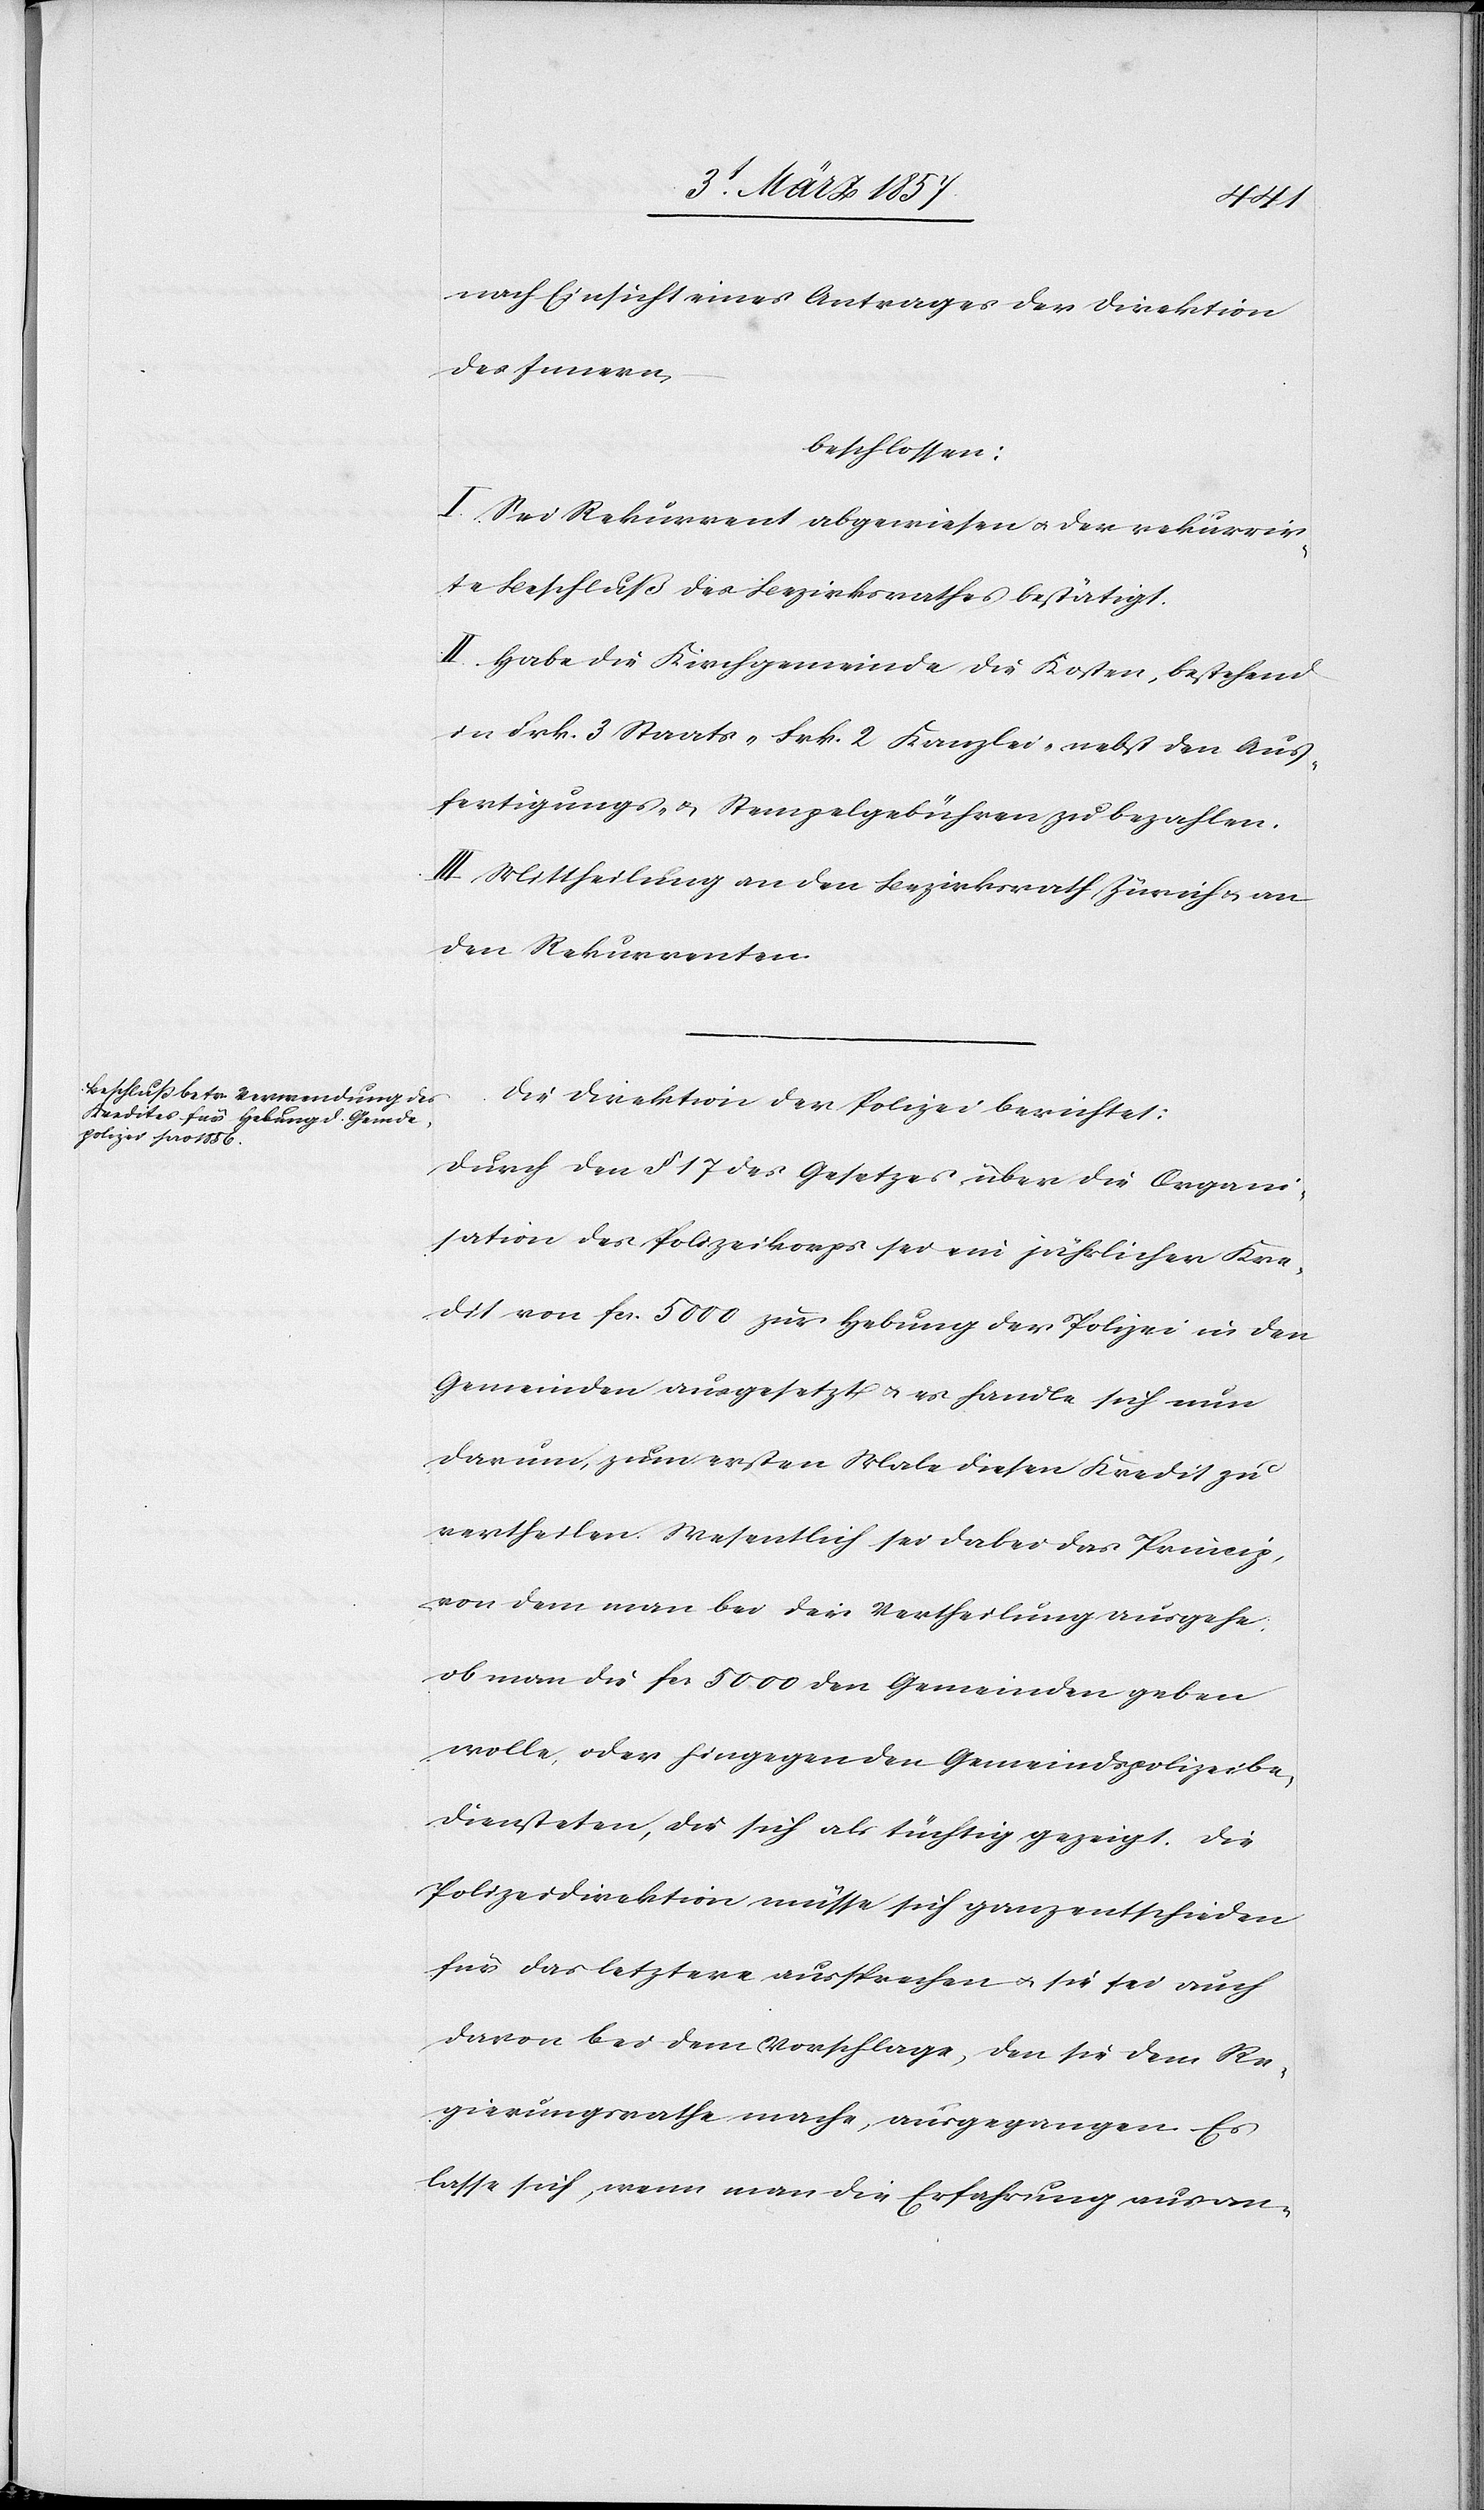
nach Einsicht eines Antrages der Direktion
des Innern
beschlossen:
I. Sei Rekurrent abgewiesen u. der rekurrir¬
te Beschluß des Bezirksrathes bestätigt.
II. Habe die Kirchgemeinde die Kosten, bestehend
in Frk. 3 Staats-[,] Frk. 2 Kanzlei- nebst den Aus¬
fertigungs- u. Stempelgebühren zu bezahlten.
III. Mittheilung an den BezirksrathZürich u. an
den Rekurrenten.
Die Direktion der Polizei berichtet:
Durch den § 17 des Gesetzes über die Organi¬
sation des Polizeikorps sei ein jährlicher Kre¬
dit von fr. 5000 zur Hebung der Polizei in den
Gemeinden ausgesetzt u. es handle sich nun
darum, zum ersten Male diesen Kredit zu
vertheilen. Wesentlich sei dabei das Princip,
von dem man bei der Vertheilung ausgehe
ob man die fr. 5000 den Gemeinden geben
wolle, oder hingegen den Gemeindspolizeibe¬
diensteten, die sich als tüchtig gezeigt. Die
Polizeidirektion müsse sich ganz entschieden
für das letztere aussprechen u. sie sei auch
davon bei dem Vorschlage, den sie dem Re¬
gierungsrathe mache, ausgegangen. Es
lasse sich, wenn man die Erfahrung aus an-